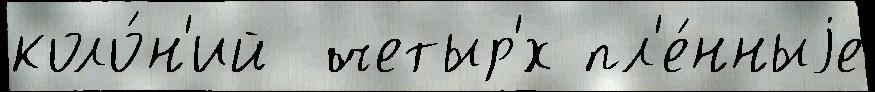
коло́н'ий  четыр'́х пл'е́нныjе